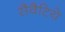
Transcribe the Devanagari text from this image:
सैवैटिये